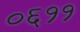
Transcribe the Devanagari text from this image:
०६११